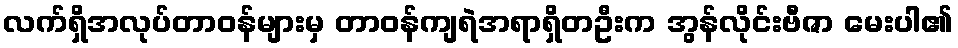
လက်ရှိအလုပ်တာဝန်များမှ တာဝန်ကျရဲအရာရှိတဦးက အွန်လိုင်းဗီဇာ မေးပါ၏